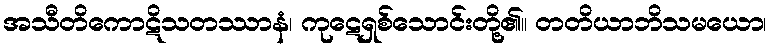
အသီတိကောဋိသတဿာနံ၊ ကုဋေရှစ်သောင်းတို့၏။ တတိယာဘိသမယော၊